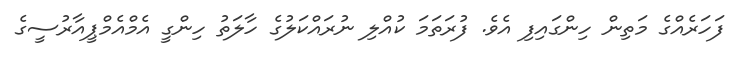
ފަހަރެއްގެ މަތިން ހިންގައިފި އެވެ. ފުރަތަމަ ކުއްލި ނުރައްކަލުގެ ހާލަތު ހިންގީ އެމްއެމްޕީއާރުސީގެ